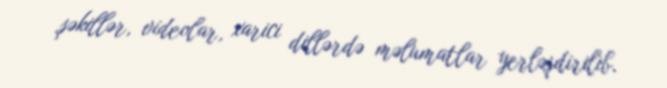
şəkillər, videolar, xarici dillərdə məlumatlar yerləşdirilib.